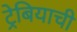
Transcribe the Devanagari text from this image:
ट्रेबियाची